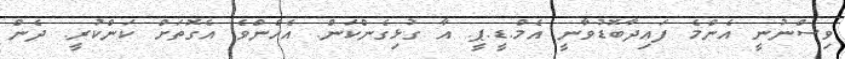
ވިސްނުނީ އެންމެ ފައިދާބޮޑުވާނީ އެމް.ޑީ.ޕީ. އާ ގުޅިގެންކަން. އެހެންވެ އެގޮތަށް ކަންކުރީ. ދެން